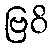
ဗြဝိ